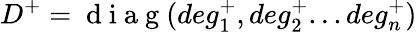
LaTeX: D^{+}=\mathrm{~d~i~a~g~}(deg_{1}^{+},deg_{2}^{+}...deg_{n}^{+})